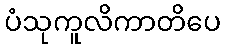
ပံသုကူလိကာတိပေ